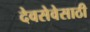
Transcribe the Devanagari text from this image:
देवसेवेसाठी